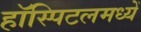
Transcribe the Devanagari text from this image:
हॉस्पिटलमध्यें